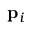
\mathbf { p } _ { i }